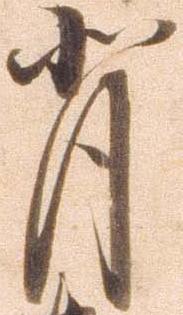
背